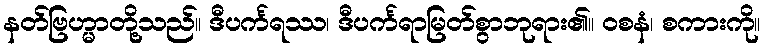
နတ်ဗြဟ္မာတို့သည်။ ဒီပင်္ကရဿ၊ ဒီပင်္ကရာမြတ်စွာဘုရား၏။ ဝစနံ၊ စကားကို။